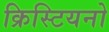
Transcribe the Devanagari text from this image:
क्रिस्टियनो